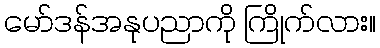
မော်ဒန်အနုပညာကို ကြိုက်လား။